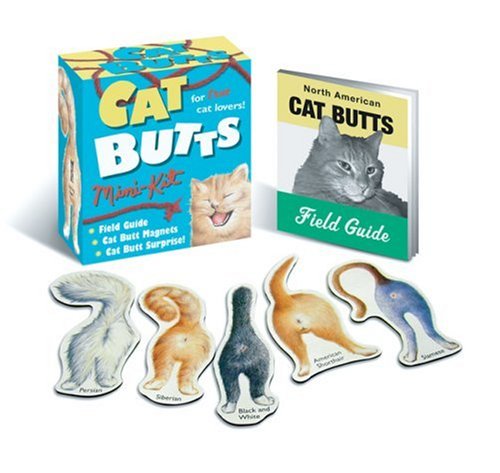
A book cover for Cat Butts (Blue Q Kits); Blue Q; Crafts, Hobbies & Home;